Medical and sanitary report of the native army of Madras for the year
Year: 1875
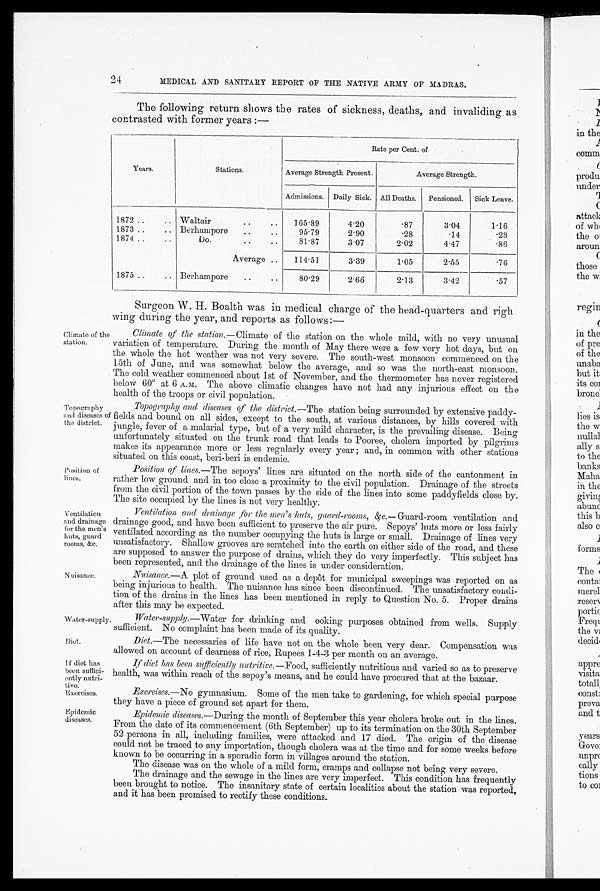
24
MEDICAL AND SANITARY REPORT OF THE NATIVE ARMY OF MADRAS.
The following return shows the rates of sickness, deaths, and invaliding as
contrasted with former years :—
Years.
Stations.
Rate per Cent. of
Average Strength Present.
Average Strength.
Admissions. Daily Sick. All Deaths.
Pensioned.
Sick Leave.
1872 ..
.. Waltair
..
165.89
4.20
.87
3.04
1.16
1873 ..
.. Berhampore
..
95.79
2.90
.28
.14
.28
1874 ..
..
Do...
..
81.87
3.07
2.02
4.47
.86
Average ..
114.51
3.39
1.05
2.55
.76
1875 ..
.. Berhampore
....
80 . 29
2.66
2.13
3.42
.57
Climate of the
station.
Position of
lines.
Ventilation
and drainage
for the men's
huts, guard
rooms, &c.
Nuisance.
Topography
and diseases of
the district.
Surgeon W. H. Boalth was in medical charge of the head-quarters and righ
wing during the year, and reports as follows:—
Climate of the station. —Climate of the station on the whole mild, with no very unusual
variation of temperature. During the month of May there were a few very hot days, but on
the whole the hot weather was not very severe. The south-west monsoon commenced on the
15th of June, and was somewhat below the average, and so was the north-east monsoon.
The cold weather commenced about 1st of November, and the thermometer has never registered
below 60° at 6 A.M. The above climatic changes have not had any injurious effect on the
health of the troops or civil population.
Topography and diseases of the district. —The station being surrounded by extensive paddy-
fields and bound on all sides, except to the south, at various distances, by hills covered with
jungle, fever of a malarial type, but of a very mild character, is the prevailing disease. Being
unfortunately situated on the trunk road that leads to Pooree, cholera imported by pilgrims
makes its appearance more or less regularly every year ; and, in common with other stations
situated on this coast, beri-beri is endemic.
Position of lines. —The sepoys' lines are situated on the north side of the cantonment in
rather low ground and in too close a proximity to the civil population. Drainage of the streets
from the civil portion of the town passes by the side of the lines into some paddyfields close by.
The site occupied by the lines is not very healthy.
Ventilation and drainage for the men's huts, guard-rooms, &c. —Guard-room ventilation and
drainage good, and have been sufficient to preserve the air pure. Sepoys' huts more or less fairly
ventilated according as the number occupying the huts is large or small. Drainage of lines very
unsatisfactory. Shallow grooves are scratched into the earth on either side of the road, and these
are supposed to answer the purpose of drains, which they do very imperfectly. This subject has
been represented, and the drainage of the lines is under consideration.
Nuisance.—A plot of ground used as a depôt for municipal sweepings was reported on as
being injurious to health. The nuisance has since been discontinued. The unsatisfactory condi-
tion of the drains in the lines has been mentioned in reply to Question No. 5. Proper drains
after this may be expected.
Water-supply.
Diet.
If diet has
been suffici-
ently nutri-
tive.
Exercises.
Epidemic
diseases.
Water-supply. —Water for drinking and ooking purposes obtained from wells. Supply
sufficient. No complaint has been made. of its quality.
Diet. —The necessaries of life have not on the whole been very dear. Compensation was
allowed on account of dearness of rice, Rupees 1-4-3 per month on an average.
If diet has been sufficiently nutritive. —Food, sufficiently nutritious and varied so as to preserve
health, was within reach of the sepoy's means, and he could have procured that at the bazaar.
Exercises. —No gymnasium. Some of the men take to gardening, for which special purpose
they have a piece of ground set apart for them.
Epidemic diseases. —During the month of September this year cholera broke out in the lines.
From the date of its commencement (6th September) up to its termination on the 30th September
52 persons in all, including families, were attacked and 17 died. The origin of the disease
could not be traced to any importation, though cholera was at the time and for some weeks before
known to be occurring in a sporadic form in villages around the station.
The disease was on the whole of a mild form, cramps and collapse not being very severe.
The drainage and the sewage in the lines are very imperfect. This condition has frequently
been brought to notice. The insanitary state of certain localities about the station was reported,
and it has been promised to rectify these conditions.